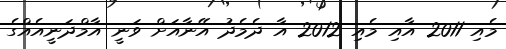
މެއި 2011 އާއި މެއި 2012 އާ ދެމެދު އޭނާއަށް ވަނީ އާމްދަނީއެއްގެ